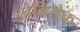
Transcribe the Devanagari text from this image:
जेनिलेक